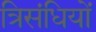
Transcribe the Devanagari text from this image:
त्रिसंधियों